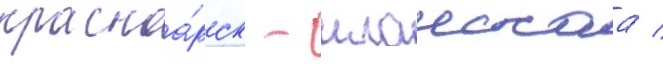
красноа́рск - иланскаа /